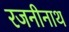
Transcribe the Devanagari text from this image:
रजनीनाथ